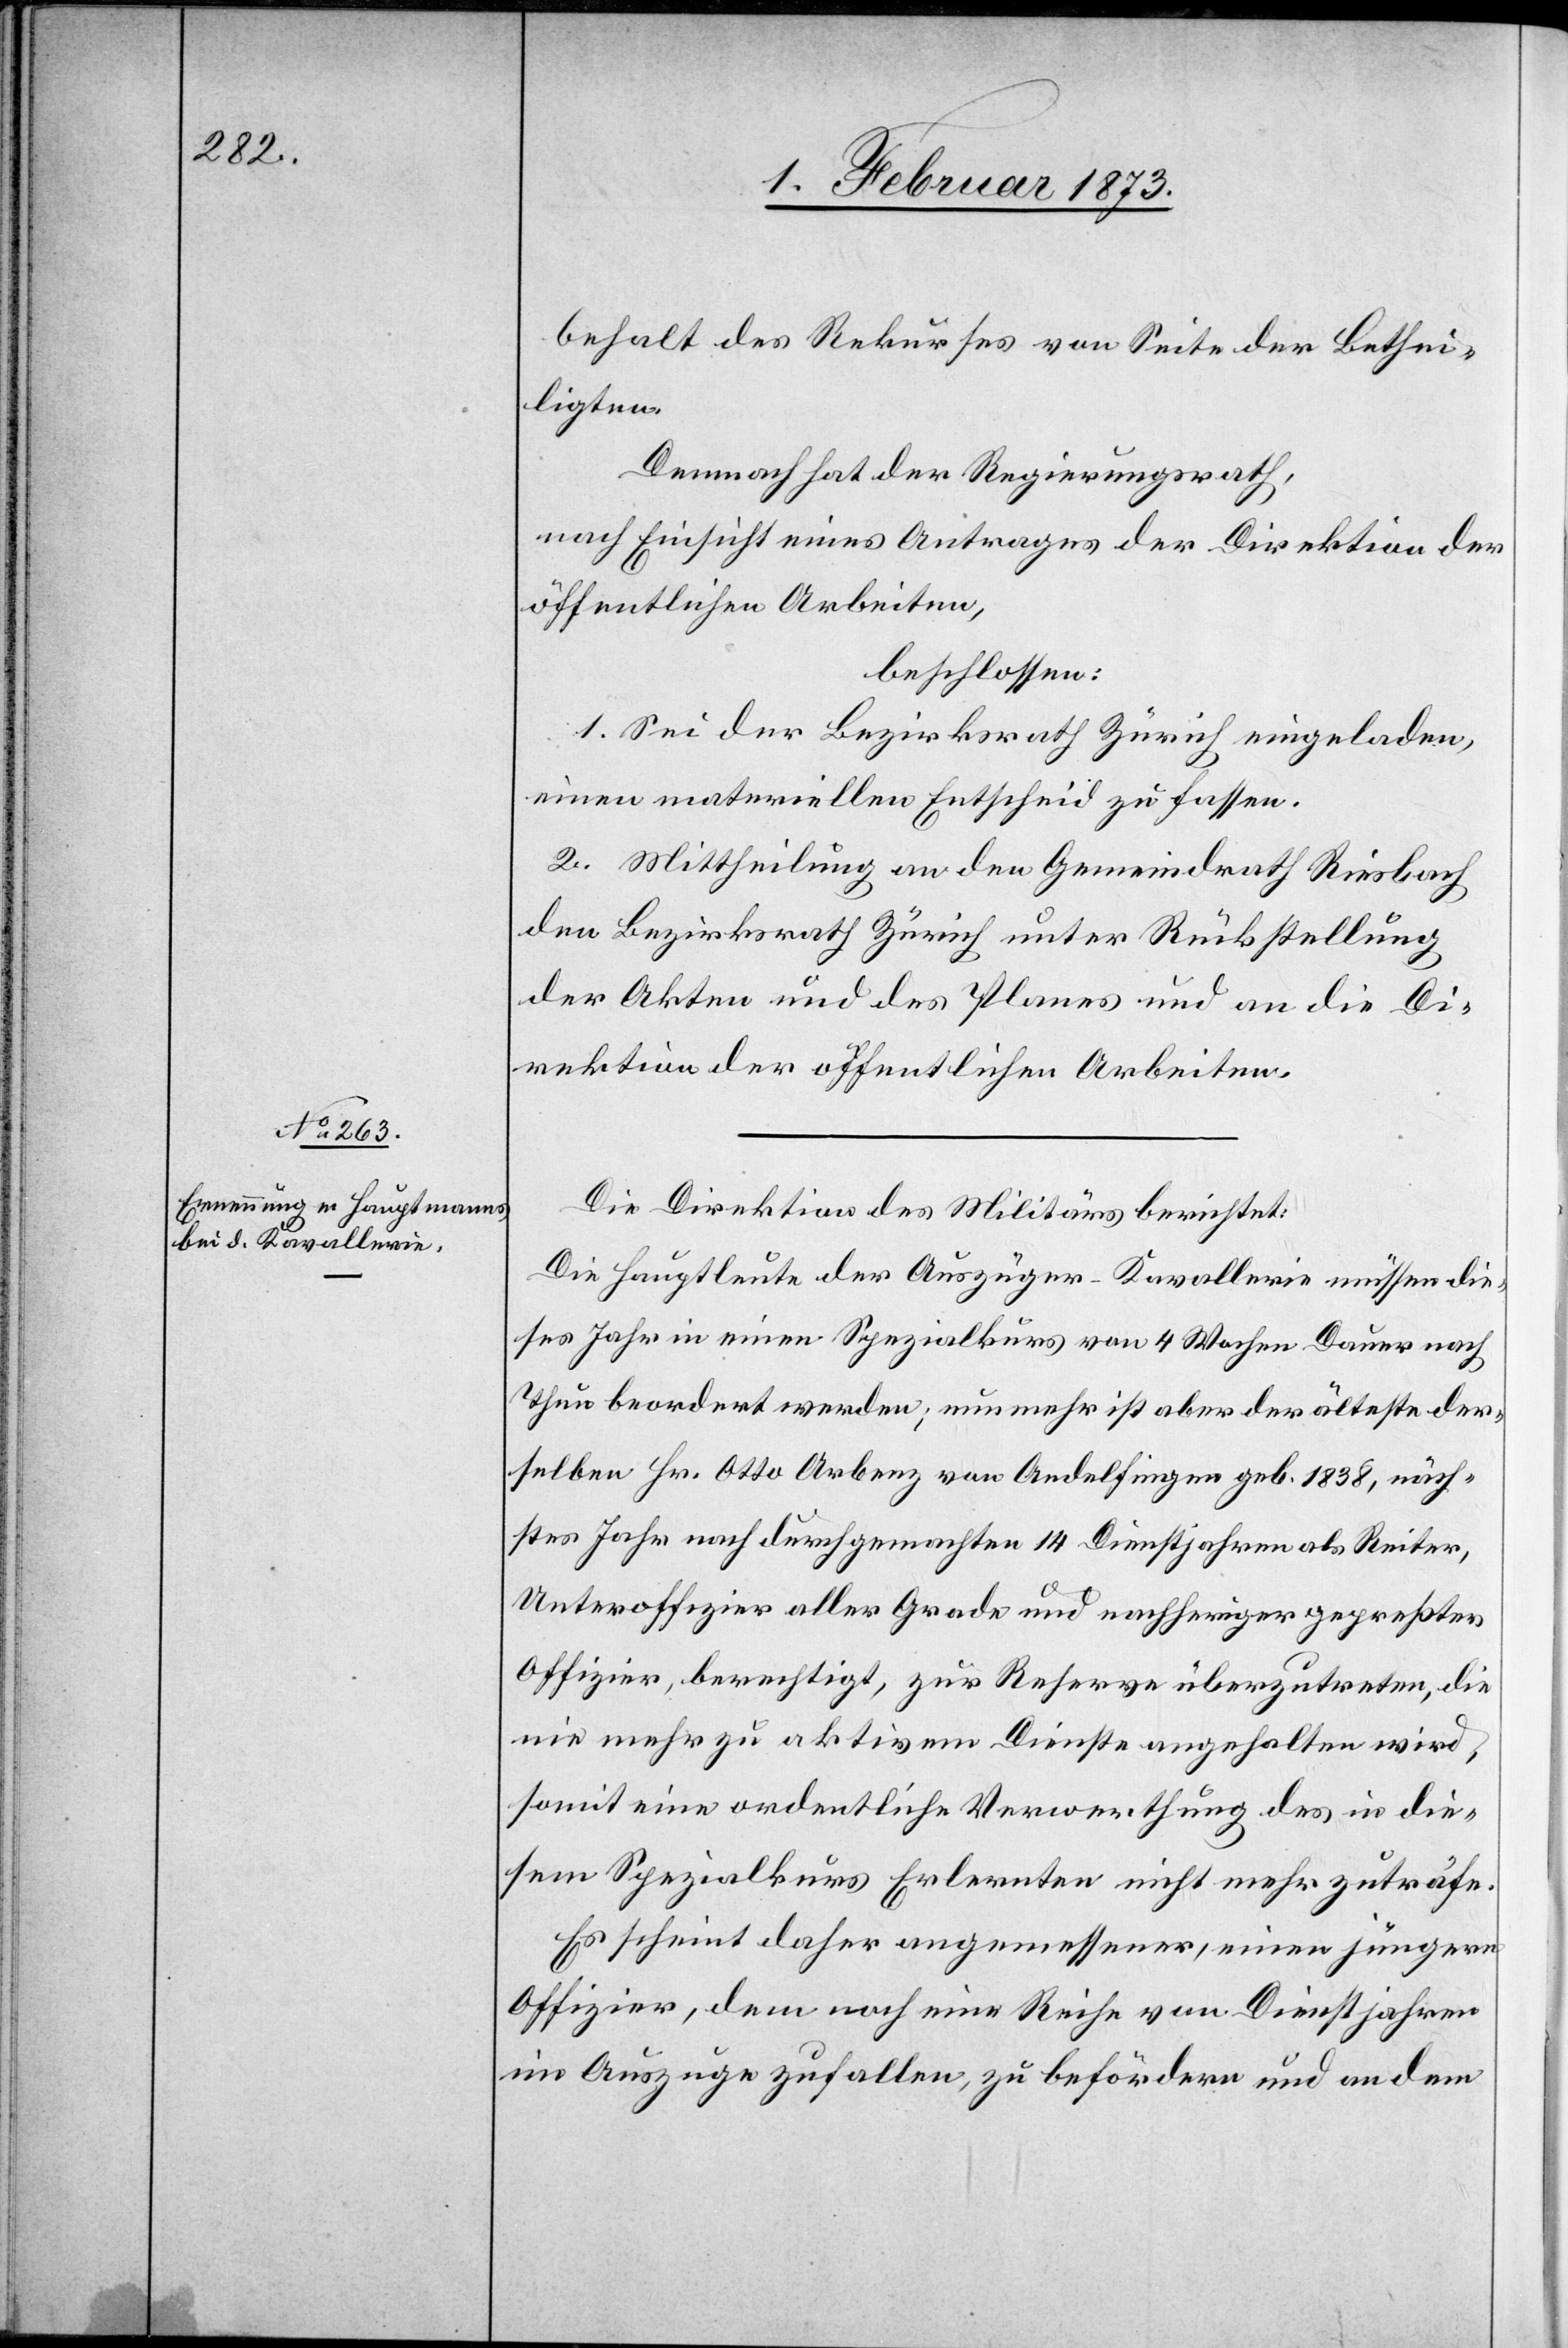
behalt des Rekurses von Seite der Bethei¬
ligten.
Demnach hat der Regierungsrath,
nach Einsicht eines Antrages der Direktion der
öffentlichen Arbeiten,
beschlossen:
1. Sei der Bezirksrath Zürich eingeladen,
einen materiellen Entscheid zu fassen.
2. Mittheilung an den Gemeindrath Riesbach[,]
den Bezirksrath Zürich unter Rückstellung
der Akten und des Planes und an die Di¬
rektion der öffentlichen Arbeiten.
Die Direktion des Militärs berichtet:
Die Hauptleute der Auszüger-Kavallerie müssen die¬
ses Jahr in einen Spezialkurs von 4 Wochen Dauer nach
Thun beordert werden, nunmehr ist aber der älteste der¬
selben Hr. Otto Arbenz von Andelfingen geb. 1838, näch¬
stes Jahr nach durchgemachten 14 Dienstjahren als Reiter,
Unteroffizier aller Grade und nachheriger gepreßter
Offizier, berechtigt, zur Reserve überzutreten, die
nie mehr zu aktivem Dienste angehalten wird,
somit eine ordentliche Verwerthung des in die¬
sem Spezialkurs Erlernten nicht mehr zuträfe.
Es scheint daher angemessener, einen jüngern
Offizier, dem noch eine Reife von Dienstjahren
im Auszuge zufallen, zu befördern und an dem